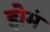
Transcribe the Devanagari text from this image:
होमं